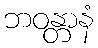
ဘဝန္တာနံ